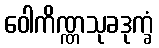
ဝေါကိဏ္ဏသုခဒုက္ခံ